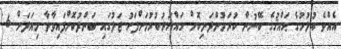
އެއްވެ އުޅުމުގެ ޙައްޤުގެ ބޭނުން ކުރަމުންދަނިކޮށް ހައްޔަރުކުރުމަށްފަހު ޖަލުގައި ބަންދުކޮށްފައިވާތާ މިއަދަށް 6